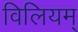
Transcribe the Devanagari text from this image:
विलियम्